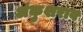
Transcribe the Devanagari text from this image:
अंकुशराव